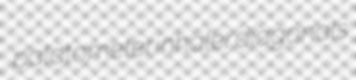
palatometer inhaler diagonals